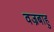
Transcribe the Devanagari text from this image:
वज्रबाहु